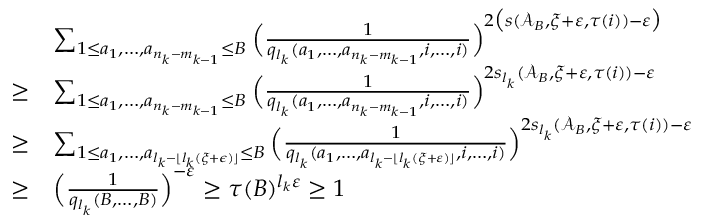
\begin{array} { r l } & { \sum _ { 1 \leq a _ { 1 } , \ldots , a _ { n _ { k } - m _ { k - 1 } } \leq B } \Big ( \frac { 1 } { q _ { l _ { k } } ( a _ { 1 } , \ldots , a _ { n _ { k } - m _ { k - 1 } } , i , \ldots , i ) } \Big ) ^ { 2 \big ( s ( \mathcal { A } _ { B } , \xi + \varepsilon , \tau ( i ) ) - \varepsilon \big ) } } \\ { \geq } & { \sum _ { 1 \leq a _ { 1 } , \ldots , a _ { n _ { k } - m _ { k - 1 } } \leq B } \Big ( \frac { 1 } { q _ { l _ { k } } ( a _ { 1 } , \ldots , a _ { n _ { k } - m _ { k - 1 } } , i , \ldots , i ) } \Big ) ^ { 2 s _ { l _ { k } } ( \mathcal { A } _ { B } , \xi + \varepsilon , \tau ( i ) ) - \varepsilon } } \\ { \geq } & { \sum _ { 1 \leq a _ { 1 } , \ldots , a _ { l _ { k } - \lfloor l _ { k } ( \xi + \epsilon ) \rfloor } \leq B } \Big ( \frac { 1 } { q _ { l _ { k } } ( a _ { 1 } , \ldots , a _ { l _ { k } - \lfloor l _ { k } ( \xi + \varepsilon ) \rfloor } , i , \ldots , i ) } \Big ) ^ { 2 s _ { l _ { k } } ( \mathcal { A } _ { B } , \xi + \varepsilon , { \tau ( i ) } ) - \varepsilon } } \\ { \geq } & { \Big ( \frac { 1 } { q _ { l _ { k } } ( B , \ldots , B ) } \Big ) ^ { - \varepsilon } \geq \tau ( B ) ^ { l _ { k } \varepsilon } \geq 1 } \end{array}